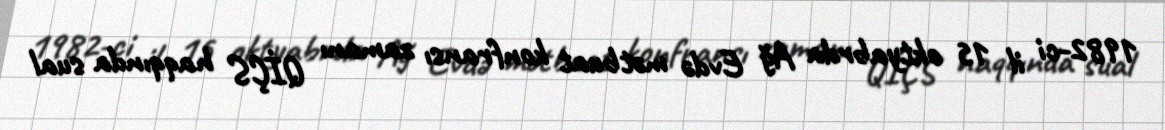
1982-ci il 15 oktyabrda Ağ Evdə mətbuat konfransı zamanı QİÇS haqqında sual